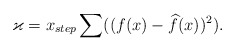
\begin{align*}\varkappa=x_{step}\sum((f(x)-\widehat{f}(x))^2).\end{align*}